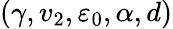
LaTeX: (\gamma,v_{2},\varepsilon_{0},\alpha,d)